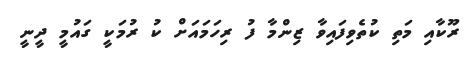
ރޫކާއި މަތި ކުތެވިފައިވާ ޒިންމާ ފު ރިހަމައަށް ކު ރުމަކީ ގައުމީ ދީނީ